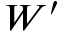
W ^ { \prime }